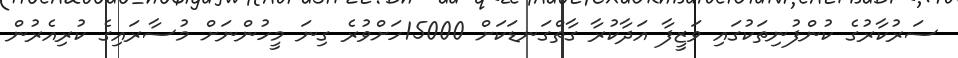
ސަރުކާރުގެ ކުންފުނިތަކުގައި ވަޒީފާ އަދާކުރާ ގާތްގަނޑަކަށް 15000ހަށްވުރެ ގިނަ މީހުންނަށް މުސާރައިގެ ކުރިއެރުން